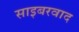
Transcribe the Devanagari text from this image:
साइबरवाद